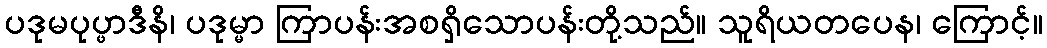
ပဒုမပုပ္ဖာဒီနိ၊ ပဒုမ္မာ ကြာပန်းအစရှိသောပန်းတို့သည်။ သူရိယတပေန၊ ကြောင့်။